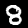
Digit: 8